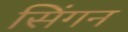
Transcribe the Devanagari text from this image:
सिंगन